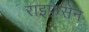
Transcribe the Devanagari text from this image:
राइफ़ेसेन